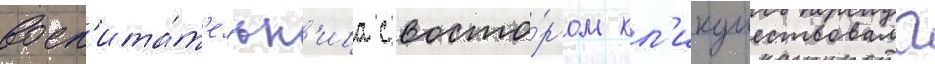
восп'ита́т'ельн'ица с восто́ргом кл'икушествовала